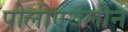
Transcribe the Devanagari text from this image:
पोलीएथलीन